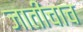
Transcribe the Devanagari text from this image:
जातींचाच